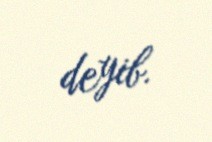
deyib.